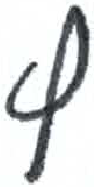
אות: ץ